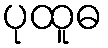
ပုထူဓ